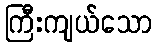
ကြီးကျယ်သော